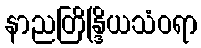
နာညတြိန္ဒြိယသံဝရာ